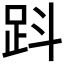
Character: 𧿫